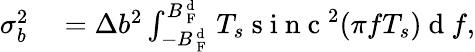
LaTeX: \begin{array}{rl}{\sigma_{b}^{2}}&{{}=\Delta b^{2}\int_{-B_{\mathrm{~F~}}^{\mathrm{~d~}}}^{B_{\mathrm{~F~}}^{\mathrm{~d~}}}T_{s}\mathrm{~s~i~n~c~}^{2}(\pi fT_{s})\mathrm{~d~}f,}\end{array}